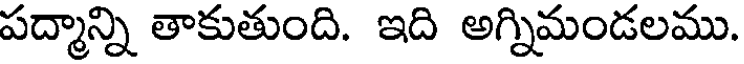
పద్మాన్ని తాకుతుంది. ఇది అగ్నిమండలము.